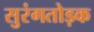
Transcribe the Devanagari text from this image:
सुरंगतोड़क